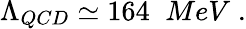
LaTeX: \Lambda_{QCD}\simeq 164\; \; MeV\; .